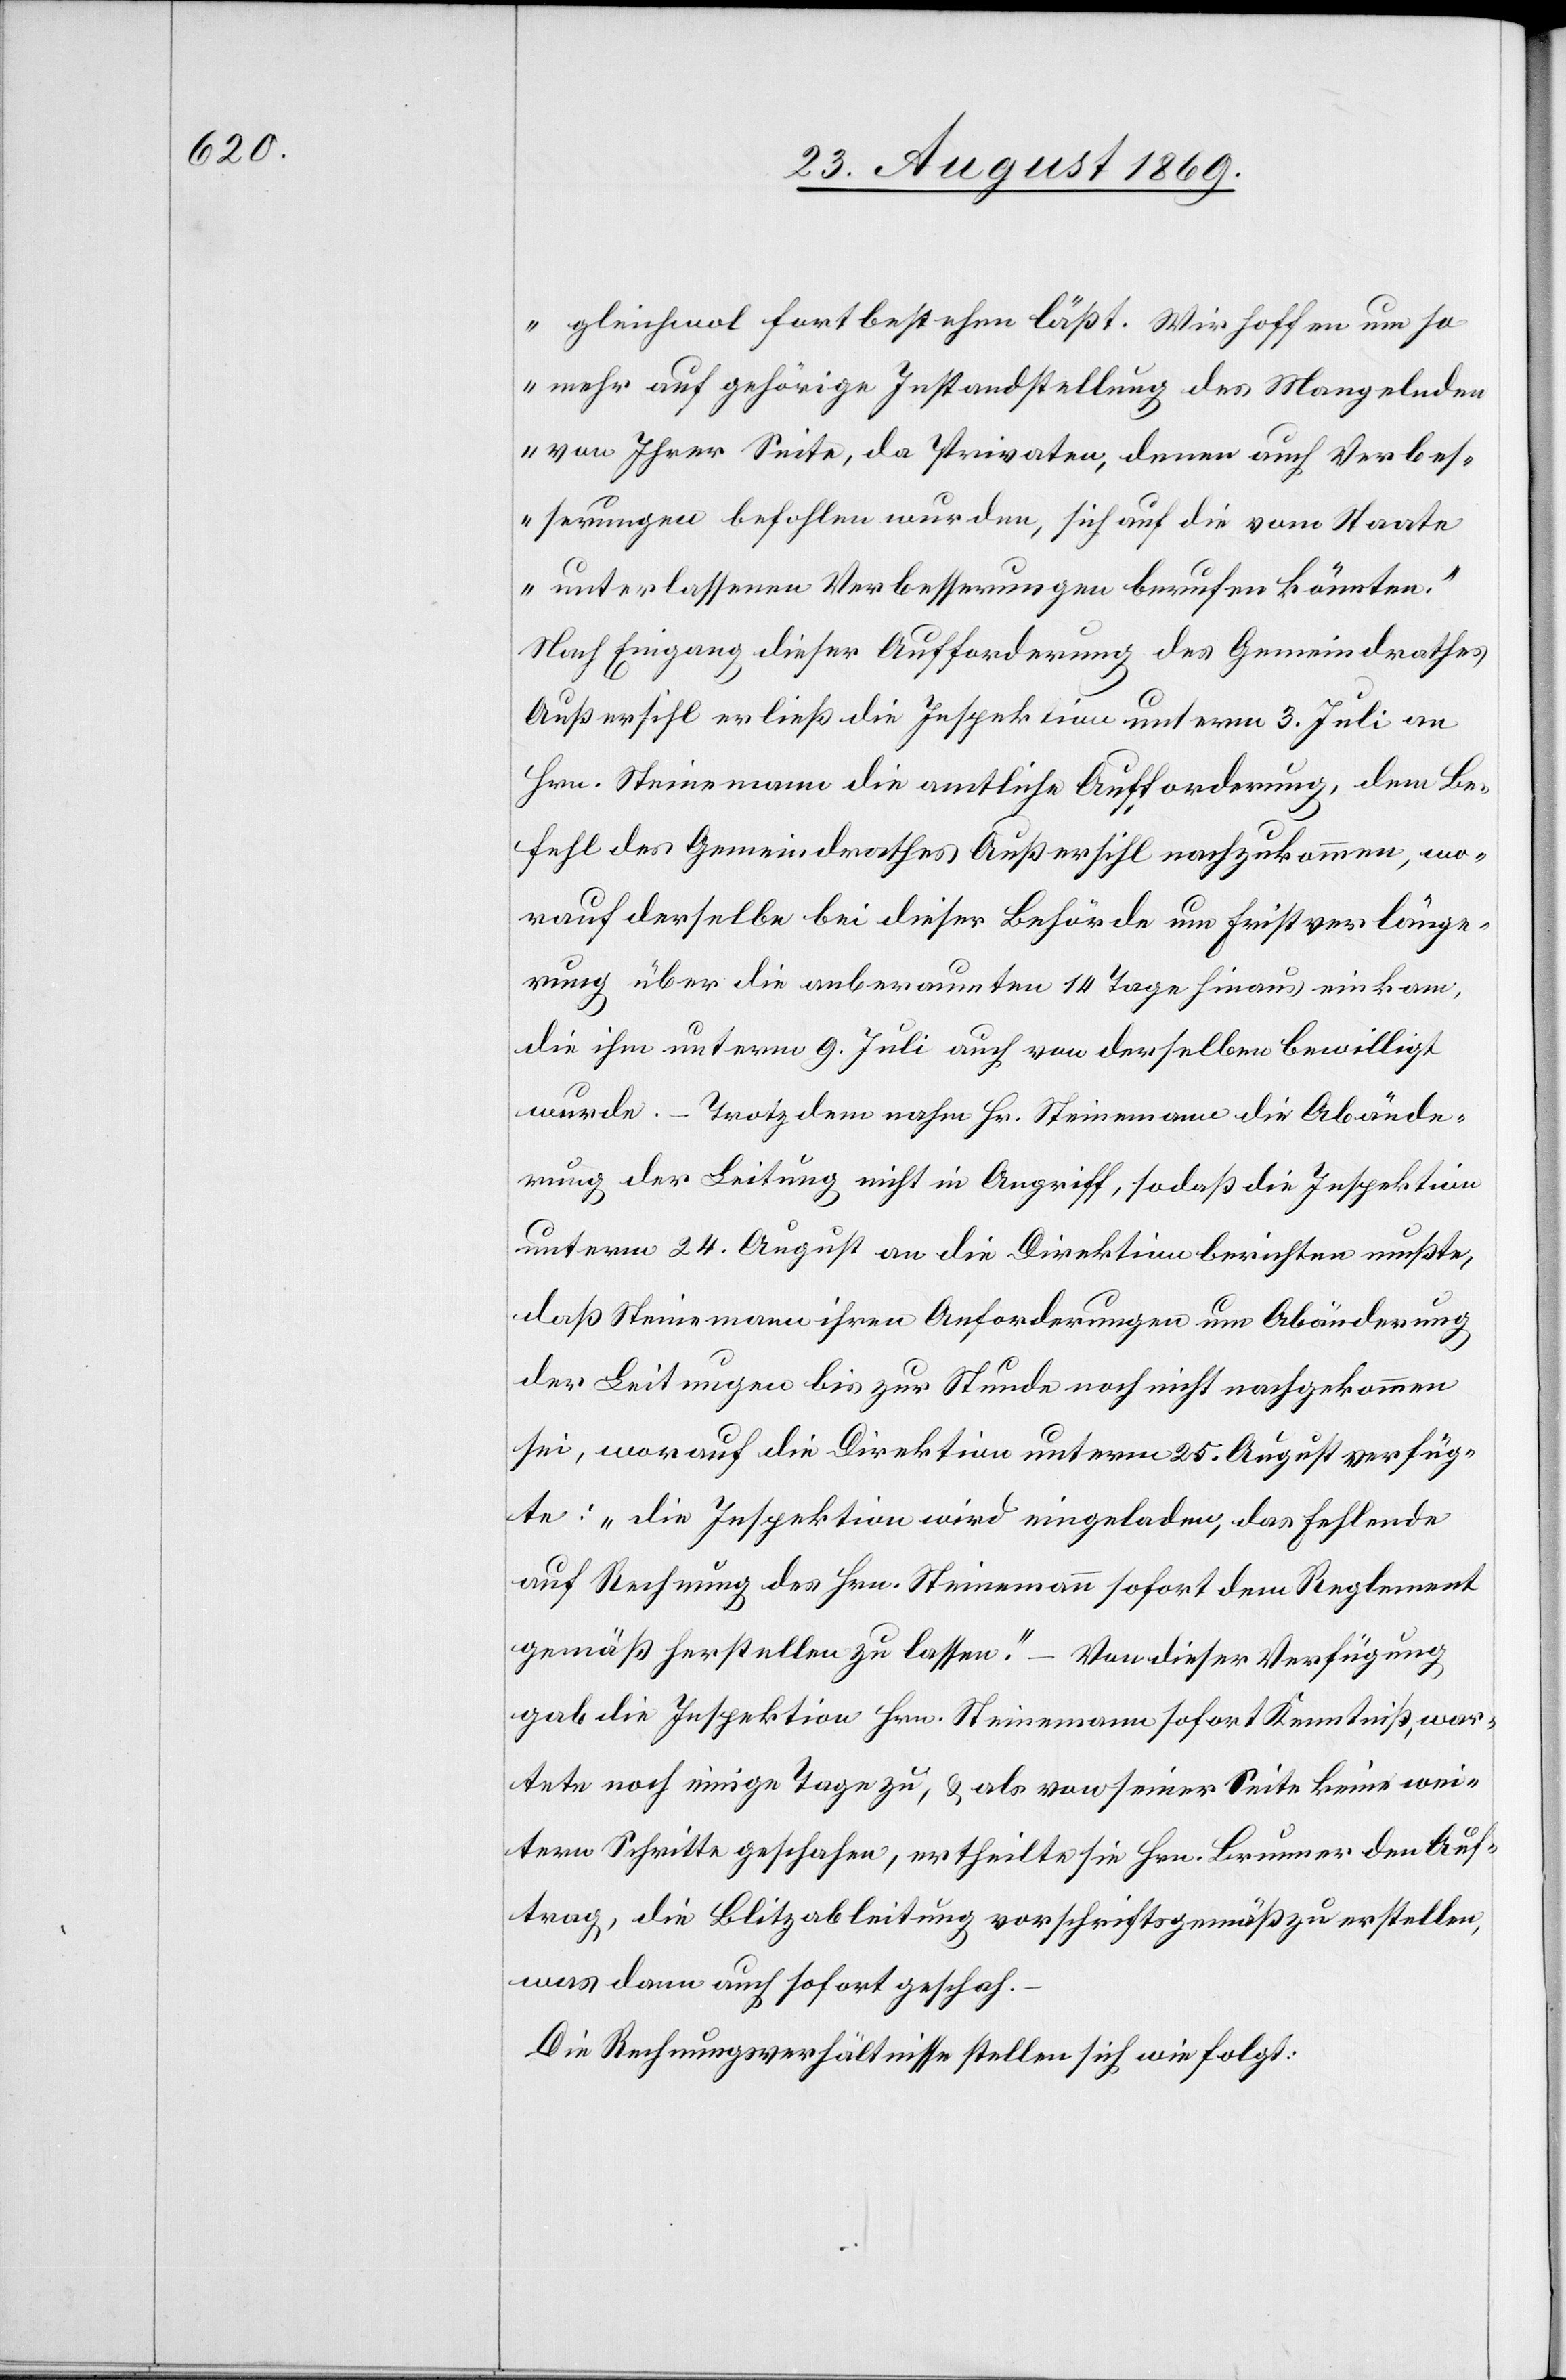
gleichwol fortbestehen läßt. Wir hoffen um so
mehr auf gehörige Instandstellung des Mangelnden
von Ihrer Seite, da Privaten, denen auch Verbes¬
serungen befohlen wurden, sich auf die vom Staate
unterlassenen Verbesserungen berufen könnten.“
Nach Eingang dieser Aufforderung des Gemeindrathes
Außersihl erließ die Inspektion unterm 3. Juli an
Hrn. Steinemann die amtliche Aufforderung, dem Be¬
fehl des Gemeindrathes Außersihl nachzukommen, wo¬
rauf derselbe bei dieser Behörde um Fristverlänge¬
rung über die anberaumten 14 Tage hinaus einkam,
die ihm unterm 9. Juli auch von derselben bewilligt
wurde. – Trotzdem nahm Hr. Steinemann die Abände¬
rung der Leitung nicht in Angriff, sodaß die Inspektion
unterm 24. August an die Direktion berichten mußte,
daß Steinemann ihren Anforderungen um Abänderung
der Leitungen bis zur Stunde noch nicht nachgekommen
sei, worauf die Direktion unterm 25. August verfüg¬
te: „Die Inspektion wird eingeladen, das Fehlende
auf Rechnung des Hrn. Steinemann sofort dem Reglement
gemäß herstellen zu lassen.“ – Von dieser Verfügung
gab die Inspektion Hrn. Steinemann sofort Kenntniß, war¬
tete noch einige Tage zu, & als von seiner Seite keine wei¬
tern Schritte geschahen, ertheilte sie Hrn. Brunner den Auf¬
trag, die Blitzableitung vorschriftsgemäß zu erstellten,
was dann auch sofort geschah.
Die Rechnungsverhältnisse stellen sich wie folgt: